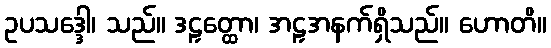
ဥပသဒ္ဒေါ၊ သည်။ ဒဠှတ္ထော၊ အဠှအနက်ရှိသည်။ ဟောတိ။